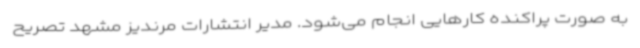
به صورت پراکنده کارهایی انجام می‌شود. مدیر انتشارات مرندیز مشهد تصریح